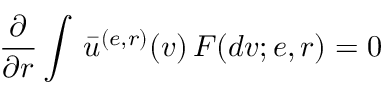
\frac { \partial } { \partial r } \int \, \bar { u } ^ { ( e , r ) } ( v ) \, F ( d v ; e , r ) = 0